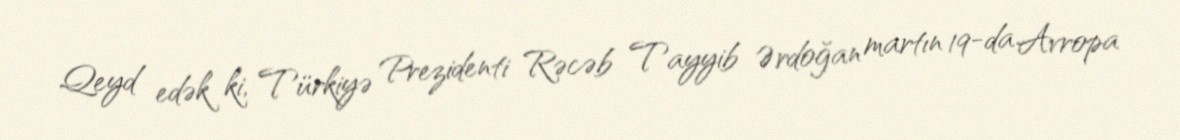
Qeyd edək ki, Türkiyə Prezidenti Rəcəb Tayyib Ərdoğan martın 19-da Avropa